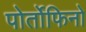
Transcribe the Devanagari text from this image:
पोर्तोफिनो